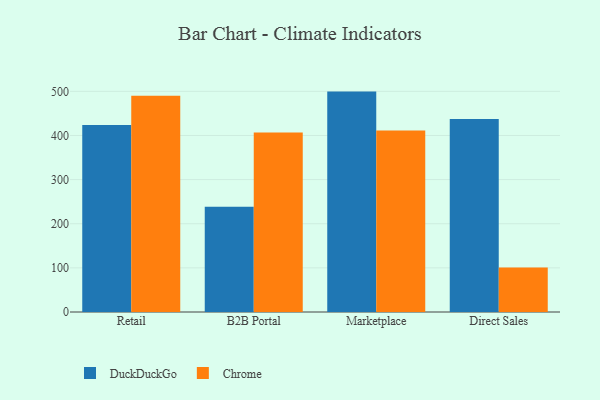
{"axis": {"x": "Channel", "y": "Market Share (%)"}, "legend": ["Chrome", "DuckDuckGo"], "data": [{"x": "Retail", "y": 423.7, "type": "DuckDuckGo"}, {"x": "Retail", "y": 489.9, "type": "Chrome"}, {"x": "B2B Portal", "y": 238.6, "type": "DuckDuckGo"}, {"x": "B2B Portal", "y": 406.5, "type": "Chrome"}, {"x": "Marketplace", "y": 499.4, "type": "DuckDuckGo"}, {"x": "Marketplace", "y": 411.2, "type": "Chrome"}, {"x": "Direct Sales", "y": 437.2, "type": "DuckDuckGo"}, {"x": "Direct Sales", "y": 101.1, "type": "Chrome"}]}